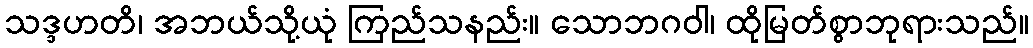
သဒ္ဒဟတိ၊ အဘယ်သို့ယုံ ကြည်သနည်း။ သောဘဂဝါ၊ ထိုမြတ်စွာဘုရားသည်။